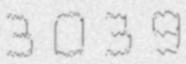
3039